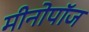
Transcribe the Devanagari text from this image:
मीनोपॉज